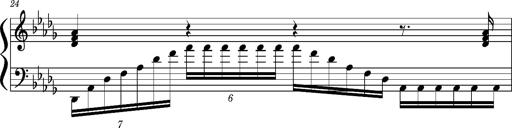
Title: Concerto sans orchestre, S.524a
Composer: Franz Liszt
Key: A major